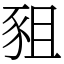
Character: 豠